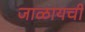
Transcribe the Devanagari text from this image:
जाळायची